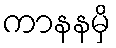
ကာနနမှိ